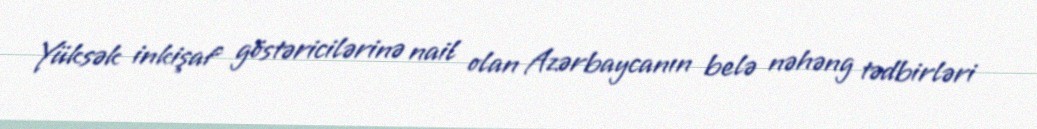
Yüksək inkişaf göstəricilərinə nail olan Azərbaycanın belə nəhəng tədbirləri